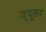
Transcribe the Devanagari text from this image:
ज्यूसर